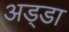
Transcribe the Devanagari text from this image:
अड्‍डा